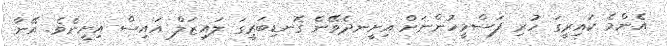
އެންމެ ކައިރީގަ ހުރި ފަސްމީހުންނަށް އިށީނދެވޭނެ ގޮނޑިބަރީގަ ލައިޒަލް އައިސް އިށީނެވެ. އޭނާ